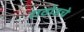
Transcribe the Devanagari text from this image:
राठोडचे